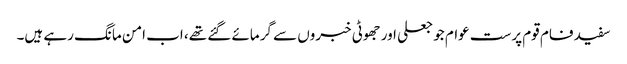
سفید فام قوم پرست عوام جو جعلی اور جھوٹی خبروں سے گرمائے گئے تھے، اب امن مانگ رہے ہیں۔